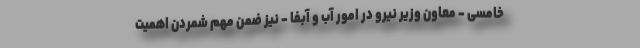
خامسی - معاون وزیر نیرو در امور آب و آبفا - نیز ضمن مهم شمردن اهمیت